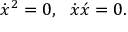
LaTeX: \dot { x } ^ { 2 } = 0 , \, \, \, \, \dot { x } \acute { x } = 0 .